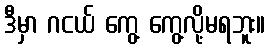
ဒီမှာ ဂငယ် ကွေ့ ကွေ့လို့မရဘူး။